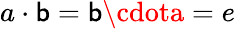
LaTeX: a\cdot\mathsf{b}=\mathsf{b}\cdota=e